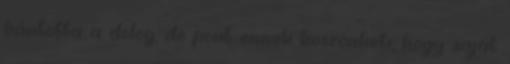
bántotta a dolog, de pont ennek köszönheti, hogy saját